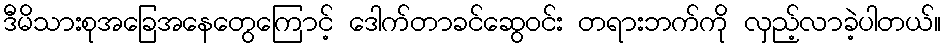
ဒီမိသားစုအခြေအနေတွေကြောင့် ဒေါက်တာခင်ဆွေဝင်း တရားဘက်ကို လှည့်လာခဲ့ပါတယ်။